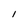
Character: l